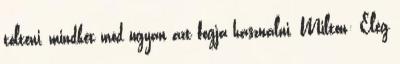
tölteni, mindkét mód ugyan azt fogja használni. Milton: Elég